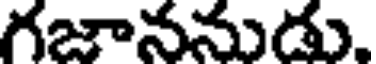
గజాననుడు.